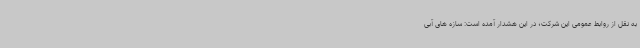
به نقل از روابط عمومی این شرکت؛ در این هشدار آمده است: سازه های آبی